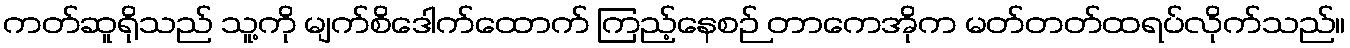
ကတ်ဆူရိုသည် သူ့ကို မျက်စိဒေါက်ထောက် ကြည့်နေစဉ် တာကေအိုက မတ်တတ်ထရပ်လိုက်သည်။